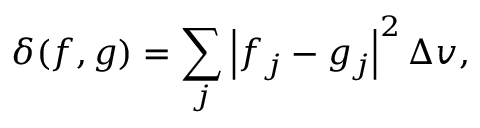
\delta ( f , g ) = \sum _ { j } \left| f _ { j } - g _ { j } \right| ^ { 2 } \Delta v ,